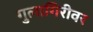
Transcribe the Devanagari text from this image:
गुलागिरीवर